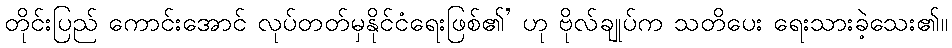
တိုင်းပြည် ကောင်းအောင် လုပ်တတ်မှနိုင်ငံရေးဖြစ်၏’ ဟု ဗိုလ်ချုပ်က သတိပေး ရေးသားခဲ့သေး၏။